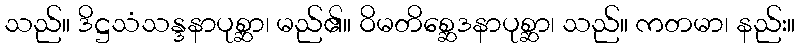
သည်။ ဒိဋ္ဌသံသန္ဒနာပုစ္ဆာ၊ မည်၏။ ဝိမတိစ္ဆေဒနာပုစ္ဆာ၊ သည်။ ကတမာ၊ နည်း။